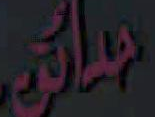
همان